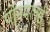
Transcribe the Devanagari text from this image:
पोनमलई